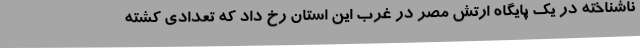
ناشناخته در یک پایگاه ارتش مصر در غرب این استان رخ داد که تعدادی کشته